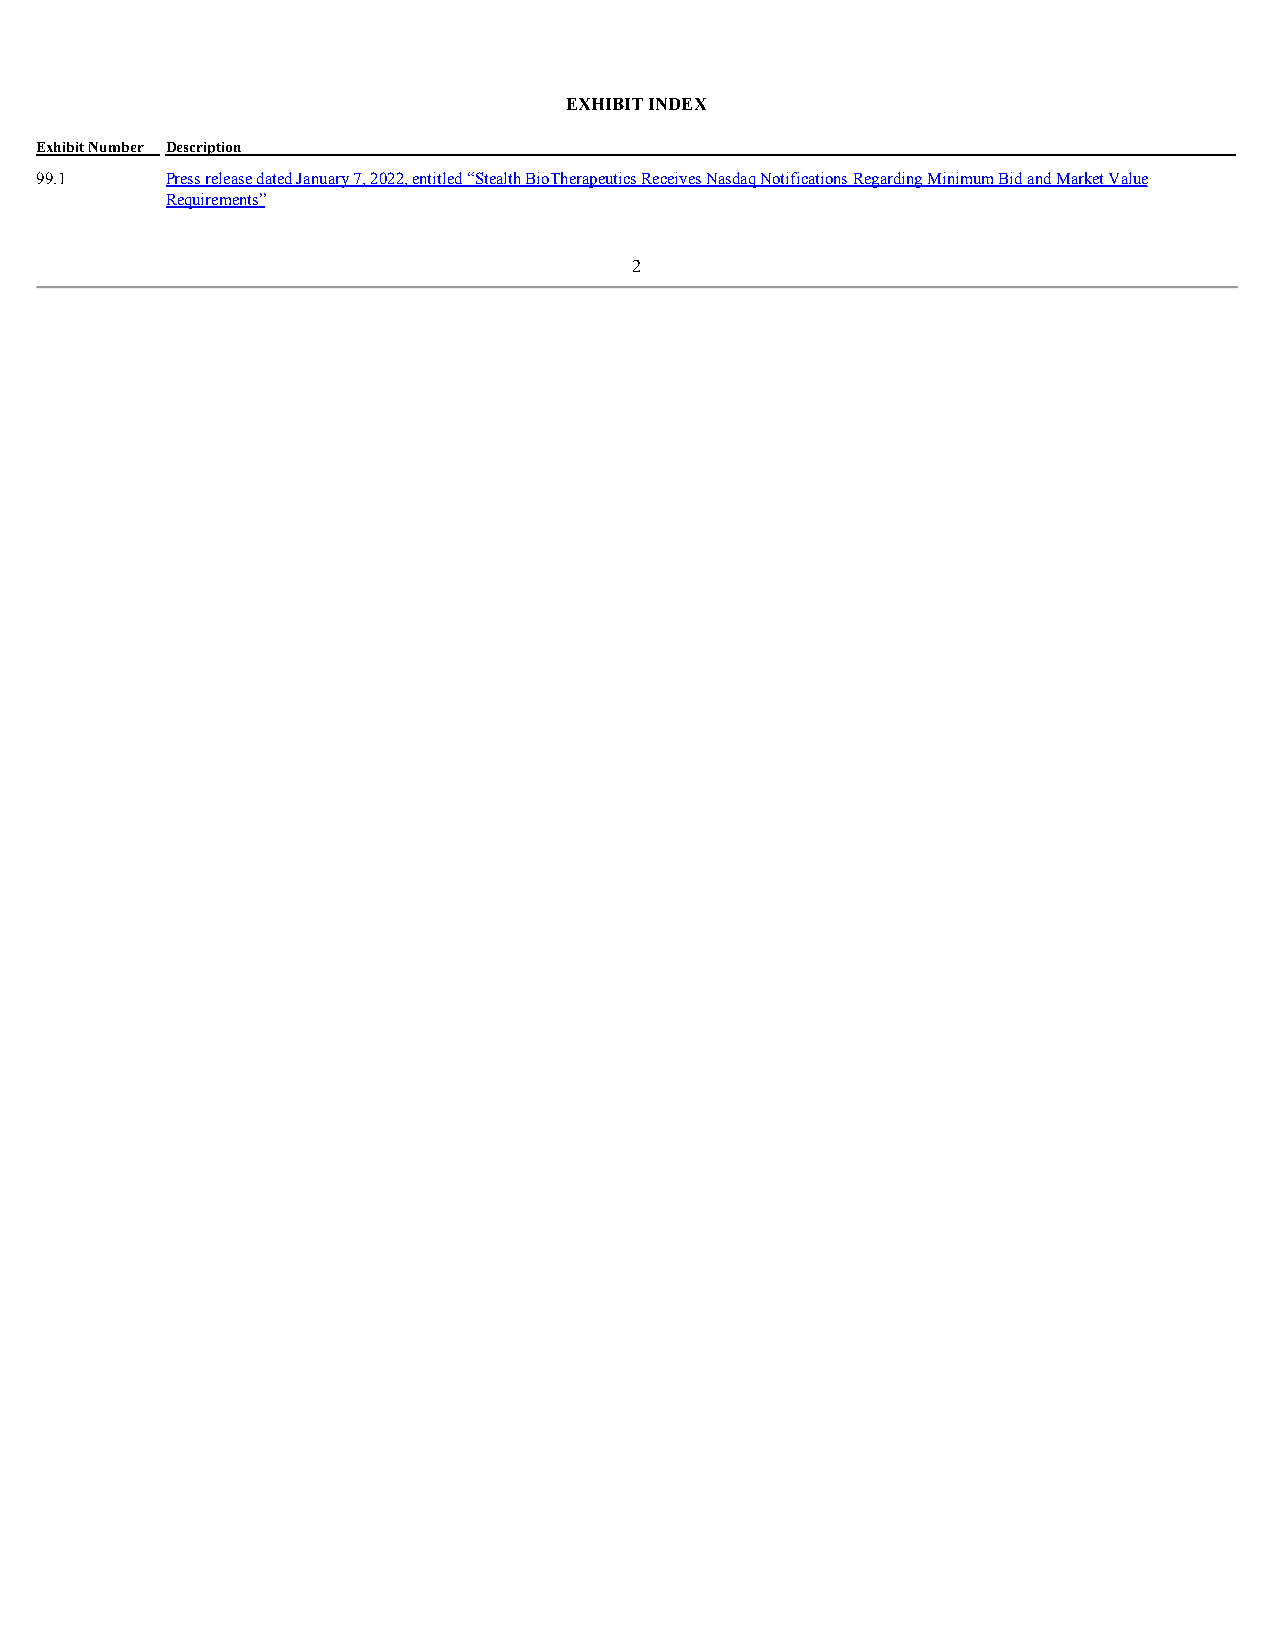
EXHIBIT INDEX
 Exhibit Number Description
 99.1     Press release dated January 7, 2022, entitled “Stealth BioTherapeutics Receives Nasdaq Notifications Regarding Minimum Bid and Market Value
 Requirements”
 2